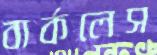
বার্কলেস